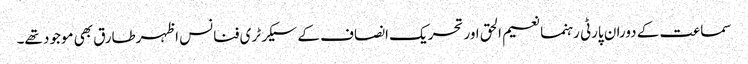
سماعت کے دوران پارٹی رہنما نعیم الحق اور تحریک انصاف کے سیکرٹری فنانس اظہرطارق بھی موجود تھے۔